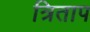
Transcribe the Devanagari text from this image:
त्रिताप